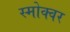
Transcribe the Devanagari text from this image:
स्मोक्वर